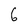
Character: 6